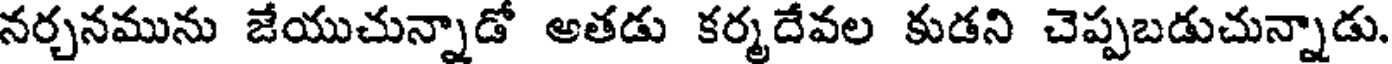
నర్చనమును జేయుచున్నాడో అతడు కర్మదేవల కుడని చెప్పబడుచున్నాడు.